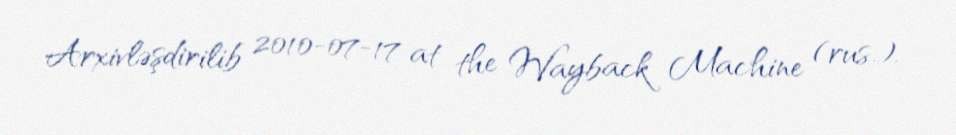
Arxivləşdirilib 2010-07-17 at the Wayback Machine (rus.).